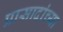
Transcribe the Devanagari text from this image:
प्रासादांच्या